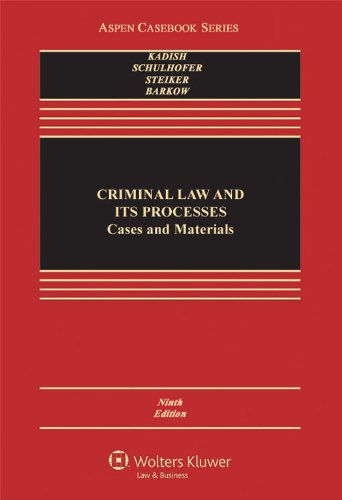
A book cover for Criminal Law and Its Processes: Cases and Materials (Aspen Casebook Series), 9th Edition; Sanford H. Kadish; Law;